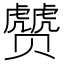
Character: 𰷮